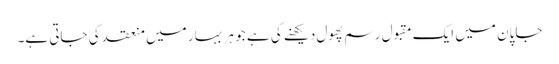
جاپان میں ایک مقبول رسم پھول دیکھنے کی ہے جو ہر بہار میں منعقد کی جاتی ہے۔